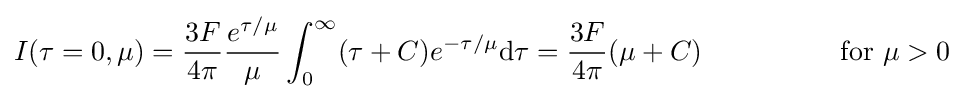
I(\tau =0,\mu )={\frac {3F}{4\pi }}{\frac {e^{\tau /\mu }}{\mu }}\int _{0}^{\infty }(\tau +C)e^{-\tau /\mu }\mathrm {d} \tau ={\frac {3F}{4\pi }}(\mu +C)\ \ \ \ \ \ \ \ \ \ \ \ \ \ \ \mathrm {for} \ \mu >0